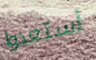
أستعدوا